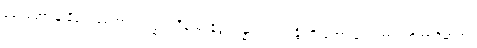
စတုတ္ထော နံ နိသေဓေတွာ ယက္ခဒါသီနံ မဒနိဒ္ဒံ သန္ဓာယ “သန္တိ ဟိ ဘော ဒေဝတာ”တိအာဒိမာဟ။